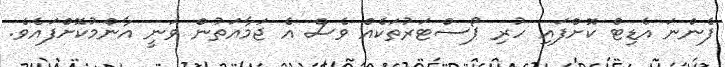
ފެންނަ އެޑިޓް ކޮށްފައި ހުރި ޕޯސްޓަރުތަކެއް ވެސް އެ ޖަމާއަތުން ވަނީ އާންމުކޮށްފައެވެ.